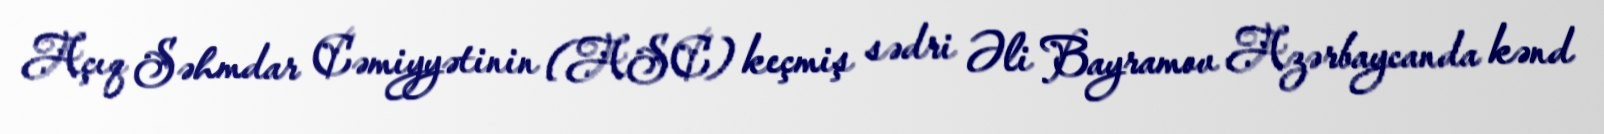
Açıq Səhmdar Cəmiyyətinin (ASC) keçmiş sədri Əli Bayramov Azərbaycanda kənd